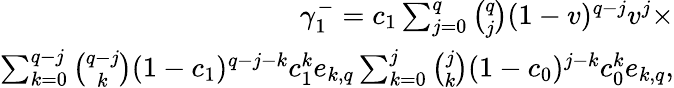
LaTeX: \begin{array}{r}{\gamma_{1}^{-}=c_{1}\sum_{j=0}^{q}{\binom{q}{j}}(1-v)^{q-j}v^{j}\times}\\ {\sum_{k=0}^{q-j}{\binom{q-j}{k}}(1-c_{1})^{q-j-k}c_{1}^{k}e_{k,q}\sum_{k=0}^{j}{\binom{j}{k}}(1-c_{0})^{j-k}c_{0}^{k}e_{k,q},}\end{array}